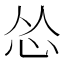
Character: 怂